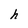
Character: h